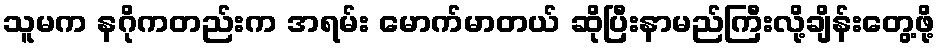
သူမက နဂိုကတည်းက အရမ်း မောက်မာတယ် ဆိုပြီးနာမည်ကြီးလို့ချိန်းတွေ့ဖို့